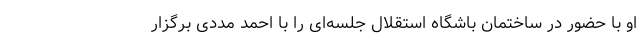
او با حضور در ساختمان باشگاه استقلال جلسه‌ای را با احمد مددی برگزار